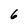
Character: 6